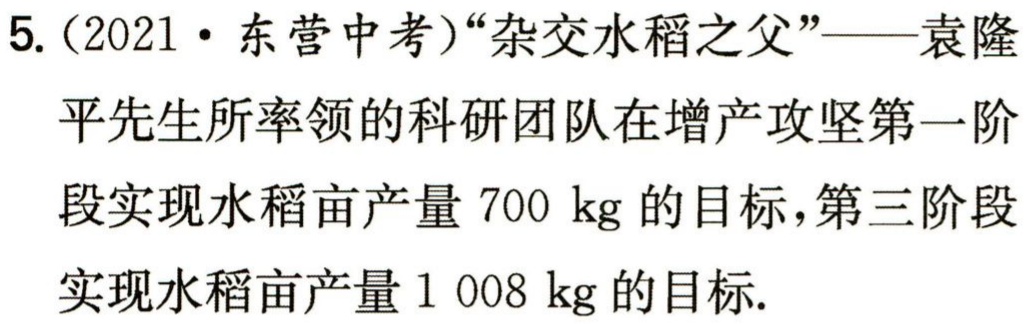
5.（2021·东营中考）“杂交水稻之父”——袁隆平先生所率领的科研团队在增产攻坚第一阶段实现水稻亩产量\(700\mathrm{kg}\)的目标，第三阶段实现水稻亩产量\(1008\mathrm{kg}\)的目标.